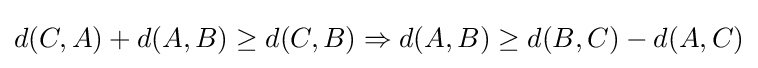
d(C,A)+d(A,B)\geq d(C,B)\Rightarrow d(A,B)\geq d(B,C)-d(A,C)